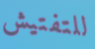
للتفتيش